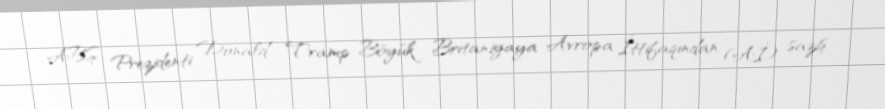
ABŞ Prezidenti Donald Tramp Böyük Britaniyaya Avropa İttifaqından (Aİ) saziş